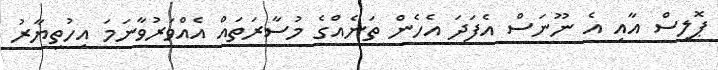
ޕޮލިސް އާއި އެ ނޫނަސް އެފަދަ އެހެން ތަނެއްގެ މުސާރަތައް އެއްވަރުވާނަމަ އިހުތިޔާރު